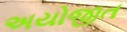
અયોજીત